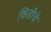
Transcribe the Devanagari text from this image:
किडींचे